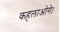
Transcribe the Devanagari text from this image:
कहलाओगे।